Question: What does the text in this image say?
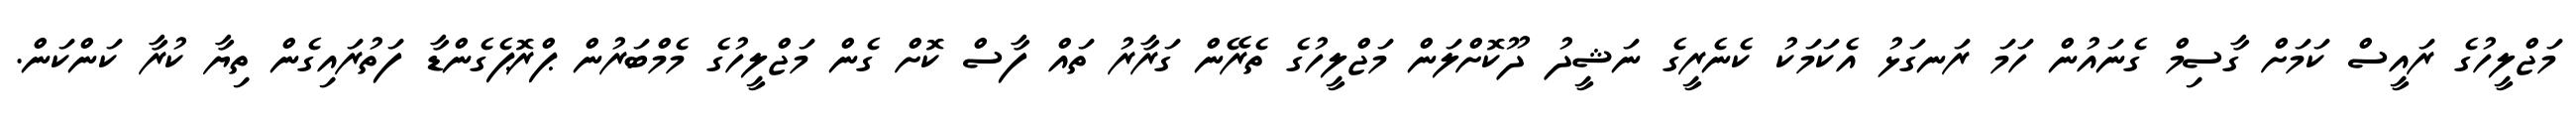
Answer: މަޖްލީހުގެ ރައީސް ކަމަށް ގާސިމް ގެނައުން ހަމަ ރަނގަޅު އެކަމަކު ކެނެރީގެ ނަޝީދު ދޫކޮށްލަން މަޖްލީހުގެ ތެރޭން ގަރާރު ތައް ފާސް ކޮށް ގެން މަޖްލީހުގެ މެމްބަރުން ޕްރޮޕެގެންޑާ ފަތުރައިގެން ތިޔާ ކުރާ ކަންކަން.